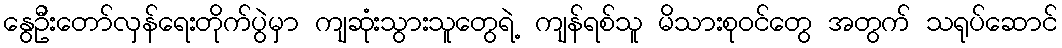
နွေဦးတော်လှန်ရေးတိုက်ပွဲမှာ ကျဆုံးသွားသူတွေရဲ့ ကျန်ရစ်သူ မိသားစုဝင်တွေ အတွက် သရုပ်ဆောင်